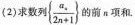
(2)求数列\left\{ \frac{a_{n}}{2n+1}\right\}的前n项和.